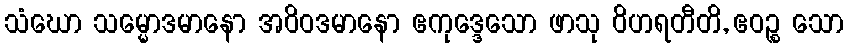
သံဃော သမ္မောဒမာနော အဝိဝဒမာနော ဧကုဒ္ဒေသော ဖာသု ဝိဟရတီတိ, ဧဝဉ္စ သော